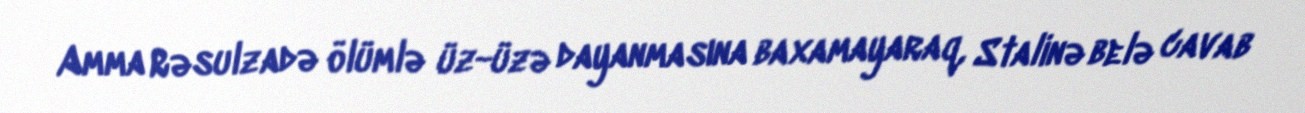
Amma Rəsulzadə ölümlə üz-üzə dayanmasına baxamayaraq, Stalinə belə cavab